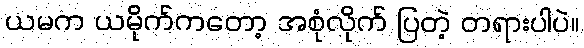
ယမက ယမိုက်ကတော့ အစုံလိုက် ပြတဲ့ တရားပါပဲ။